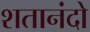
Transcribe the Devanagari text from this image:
शतानंदो